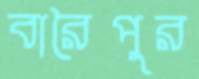
বারৈপুর